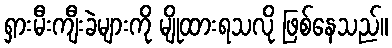
ရှားမီးကျီးခဲများကို မျိုထားရသလို ဖြစ်နေသည်။